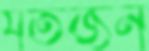
যতজন